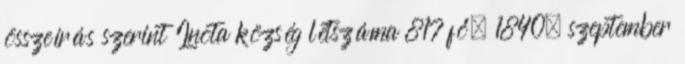
összeírás szerint Inota község létszáma 817 fő. 1840. szeptember